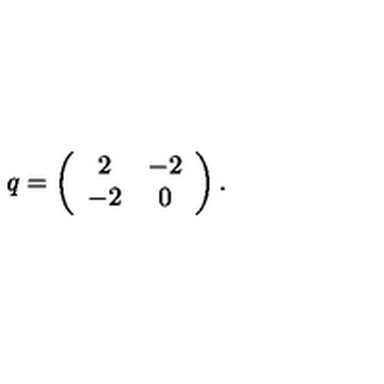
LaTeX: q = \left( \begin{array} { c c } { 2 } & { - 2 } \\ { - 2 } & { 0 } \\ \end{array} \right) .